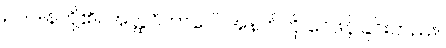
ဥပါဒါန်တို့၏။ အတ္ထဝိဘာဂေါ၊ အနက်ကို ဝေဖန်ခြင်းတည်း။